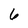
Character: 6